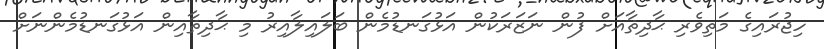
ހިޖުރައިގެ މަތިވެރި ޙާދިޘާއަށް ފުން ނަޒަރަކުން އަޅުގަނޑުމެން ބަލައިލާއިރު މި ޙާދިޘާއިން އަޅުގަނޑުމެންނަށް